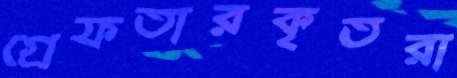
গ্রেফতারকৃতরা